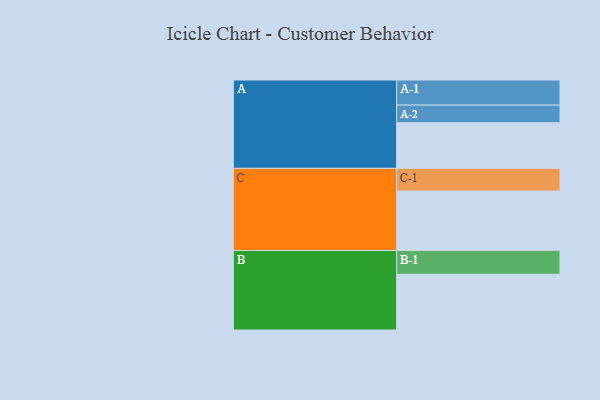
{"axis": {"x": "Segment", "y": "Value"}, "legend": ["", "A", "B", "C"], "data": [{"x": "A", "y": 448, "type": ""}, {"x": "B", "y": 548, "type": ""}, {"x": "C", "y": 585, "type": ""}, {"x": "A-1", "y": 247, "type": "A"}, {"x": "A-2", "y": 174, "type": "A"}, {"x": "B-1", "y": 234, "type": "B"}, {"x": "C-1", "y": 223, "type": "C"}]}